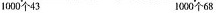
1000个43 1000个68